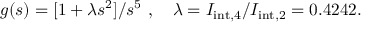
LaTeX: g ( s ) = [ 1 + \lambda s ^ { 2 } ] / s ^ { 5 } \ , \quad \lambda = I _ { \mathrm { i n t } , 4 } / I _ { \mathrm { i n t } , 2 } = 0 . 4 2 4 2 .